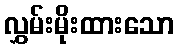
လွှမ်းမိုးထားသော